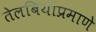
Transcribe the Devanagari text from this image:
तेलबियांप्रमाणे